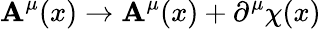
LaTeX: {\cal\mathbf{A}}^{\mu}(x)\rightarrow{\cal\mathbf{A}}^{\mu}(x)+\partial^{\mu}\chi(x)